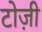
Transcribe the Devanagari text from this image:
टोज़ी